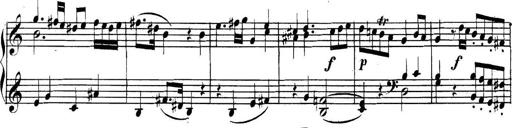
Title: Collected Piano Sonatas
Composer: Muzio Clementi